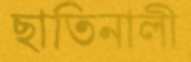
ছাতিনালী